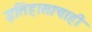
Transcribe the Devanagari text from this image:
इतिहासाचाही